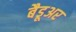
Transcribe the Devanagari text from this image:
बैडूअर